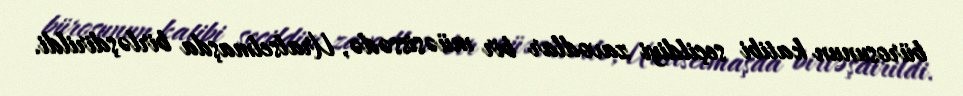
bürosunun katibi seçildiyi zavodlar bir müəsissədə, Uralselmaşda birləşdirildi.